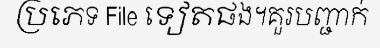
ប្រភេទ File ទៀតផង។គួរបញ្ជាក់